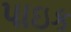
પાઇક